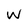
Character: w